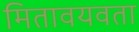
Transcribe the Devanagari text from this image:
मितावयवता